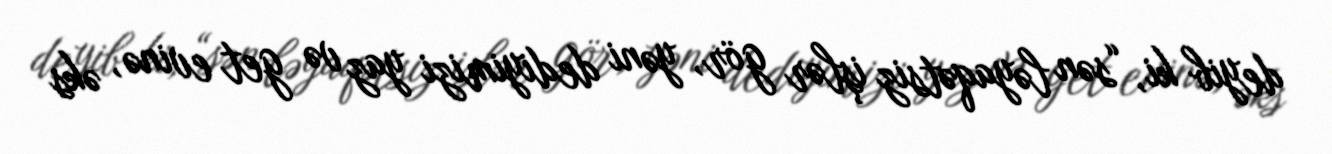
deyib ki, “sən ləyaqətsiz işlər gör, yəni dediyimizi yaz və get evinə, əks